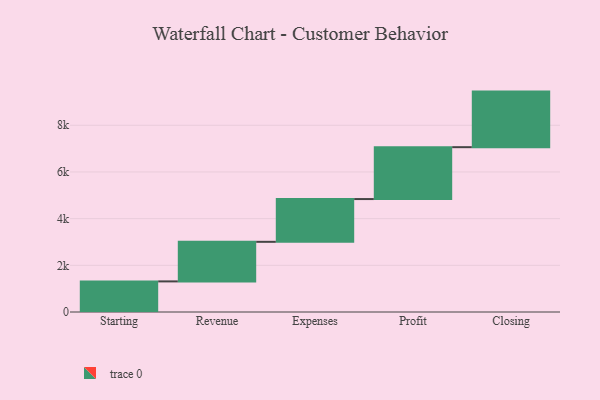
{"axis": {"x": "Step", "y": "Value"}, "legend": [""], "data": [{"x": "Starting", "y": 1311.0, "type": ""}, {"x": "Revenue", "y": 1696.0, "type": ""}, {"x": "Expenses", "y": 1832.0, "type": ""}, {"x": "Profit", "y": 2223.0, "type": ""}, {"x": "Closing", "y": 2381.0, "type": ""}]}